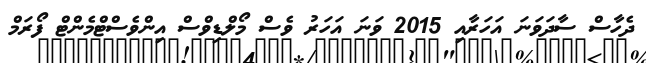
ދެހާސް ސާދަވަނަ އަހަރާއި 2015 ވަނަ އަހަރު ވެސް މޯލްޑިވްސް އިންވެސްޓްމެންޓް ފޯރަމް